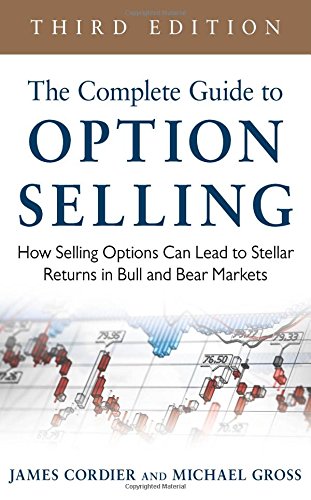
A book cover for The Complete Guide to Option Selling: How Selling Options Can Lead to Stellar Returns in Bull and Bear Markets, 3rd Edition; James Cordier; Business & Money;